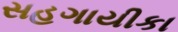
સહગાયીકા